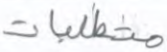
متطلبات